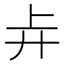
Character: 𰐇